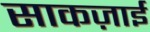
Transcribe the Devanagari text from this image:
साकज़ाई